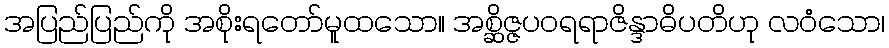
အပြည်ပြည်ကို အစိုးရတော်မူထသော။ အစ္ဆိဇ္ဇပဝရရာဇိန္ဒာဓိပတိဟု လဝံသော၊